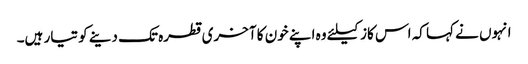
انہوں نے کہا کہ اس کاز کیلئے وہ اپنے خون کا آخری قطرہ تک دینے کو تیار ہیں۔